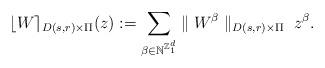
LaTeX: \begin{align*}\lfloor W\rceil_{D(s,r)\times\Pi}(z):=\sum_{\beta\in\mathbb{N}^{{\mathbb{Z}_1^d}}}\parallel W^{\beta}\parallel_{D(s,r)\times\Pi}\;z^{\beta}.\end{align*}